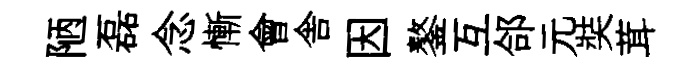
陋磊念慚會舎因鏊互郃元奘茸